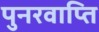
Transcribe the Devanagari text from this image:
पुनरवाप्ति